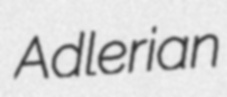
Adlerian